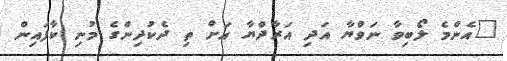
"އެންމެ ލޯބިވާ ނަވްޔާ އަދި އަރާދްޔާ އަށް ތި ދެކުދިންގެ މުނި ކާފައިން